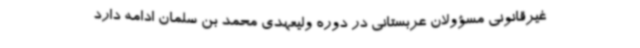
غیرقانونی مسؤولان عربستانی در دوره ولیعهدی محمد بن سلمان ادامه دارد